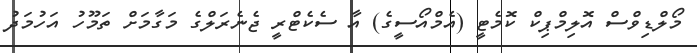
މޯލްޑިވްސް އޮލިމްޕިކް ކޮމެޓީ (އެމްއޯސީގެ) އާ ސެކެޓްރީ ޖެނެރަލްގެ މަގާމަށް ތަމޫހު އަހުމަދު